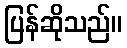
ပြန်ဆိုသည်။